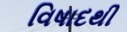
વિષાદથી